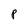
Character: P